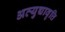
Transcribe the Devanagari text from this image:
अत्युच्चावृत्ति